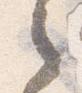
之